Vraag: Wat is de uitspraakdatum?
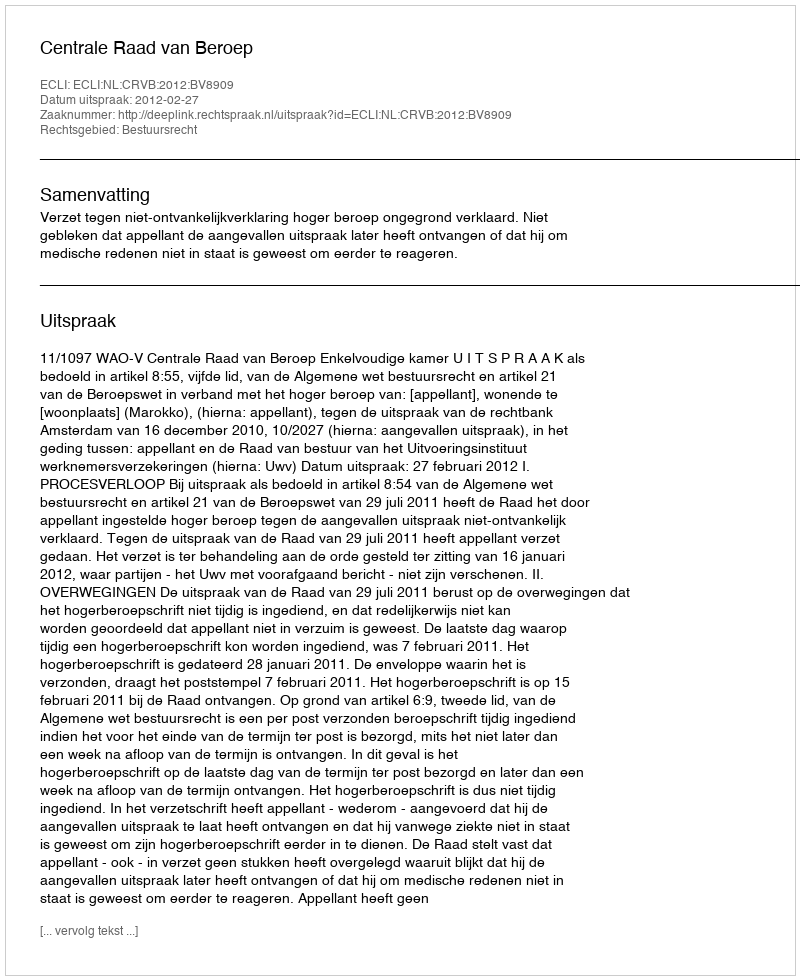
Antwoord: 2012-02-27